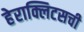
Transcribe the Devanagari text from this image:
हेराक्लिटसची